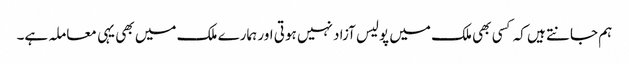
ہم جانتے ہیں کہ کسی بھی ملک میں پولیس آزاد نہیں ہوتی اور ہمارے ملک میں بھی یہی معاملہ ہے۔